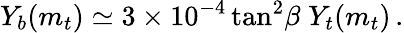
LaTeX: Y_{b}(m_{t})\simeq 3\times 10^{-4}\tan^{2}\! \beta\; Y_{t}(m_{t})\, .